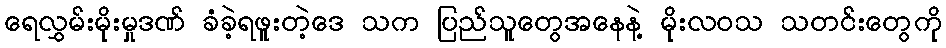
ရေလွှမ်းမိုးမှုဒဏ် ခံခဲ့ရဖူးတဲ့ဒေ သက ပြည်သူတွေအနေနဲ့ မိုးလဝသ သတင်းတွေကို